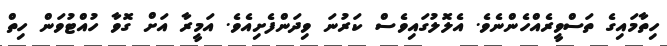
ހިތާމައިގެ ތަސްވީރެއްހެންނެވެ. އެލޮލުގައިވެސް ކަރުނަ ވިދަންފެށިއެވެ. އަމީރާ އަށް ގޮވާ ހުއްޓުވަން ހިތް